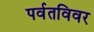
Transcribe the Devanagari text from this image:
पर्वतविवर